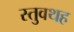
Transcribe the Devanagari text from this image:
स्तुवथह